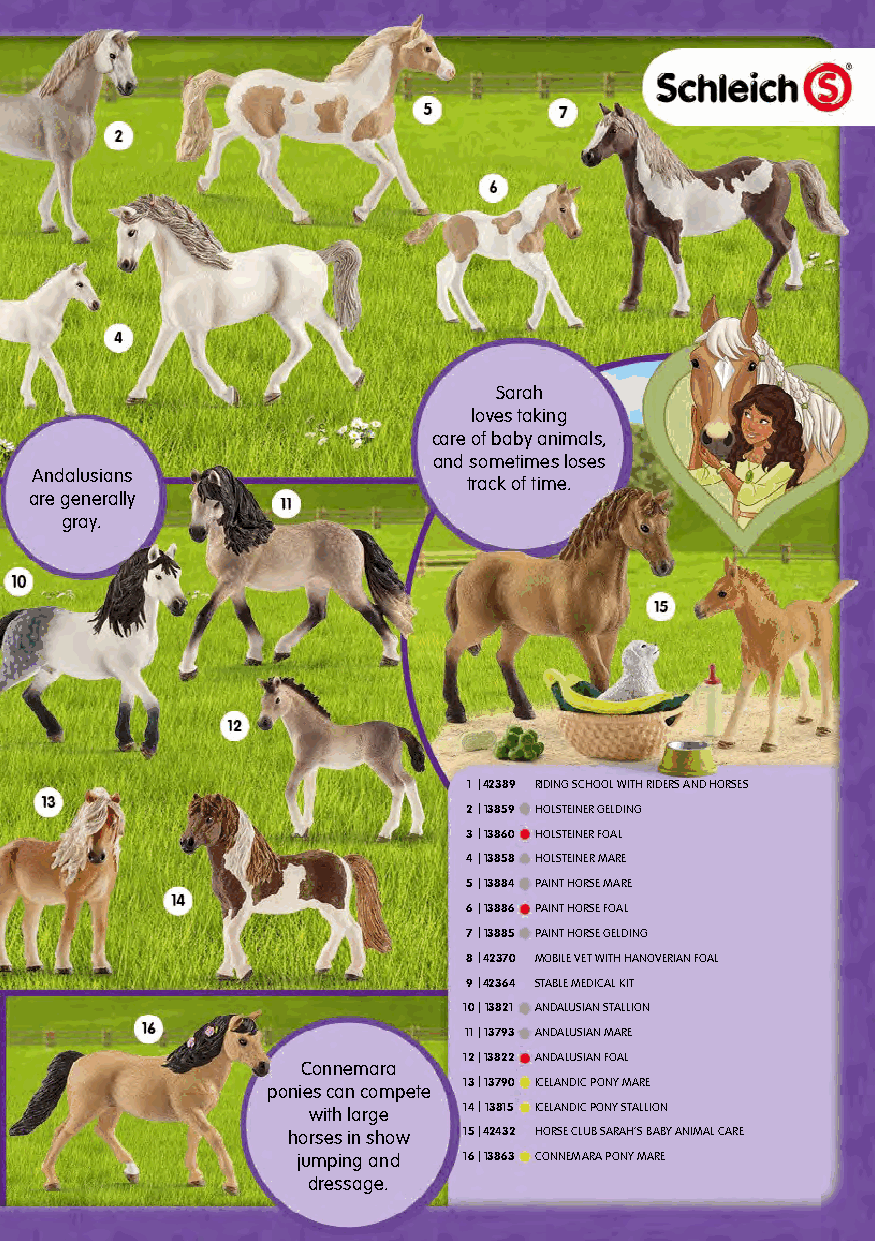
Sarah
 loves taking
 care of baby animals,
 and sometimes loses
 Andalusians
 track of time.
 are generally
 gray.
 1 |42389 RIDING SCHOOL WITH RIDERS AND HORSES
 2|13859 HOLSTEINER GELDING
 3|13860 HOLSTEINER FOAL
 4|13858 HOLSTEINER MARE
 5|13884 PAINT HORSE MARE
 6|13886 PAINT HORSE FOAL
 7|13885 PAINT HORSE GELDING
 8|42370 MOBILE VET WITH HANOVERIAN FOAL
 9|42364 STABLE MEDICAL KIT
 10|13821 ANDALUSIAN STALLION
 11|13793 ANDALUSIAN MARE
 12|13822 ANDALUSIAN FOAL
 Connemara
 13|13790 ICELANDIC PONY MARE
 ponies can compete
 with large 14|13815 ICELANDIC PONY STALLION
 horses in show 15|42432 HORSE CLUB SARAH’S BABY ANIMAL CARE
 jumping and 16|13863 CONNEMARA PONY MARE
 dressage.